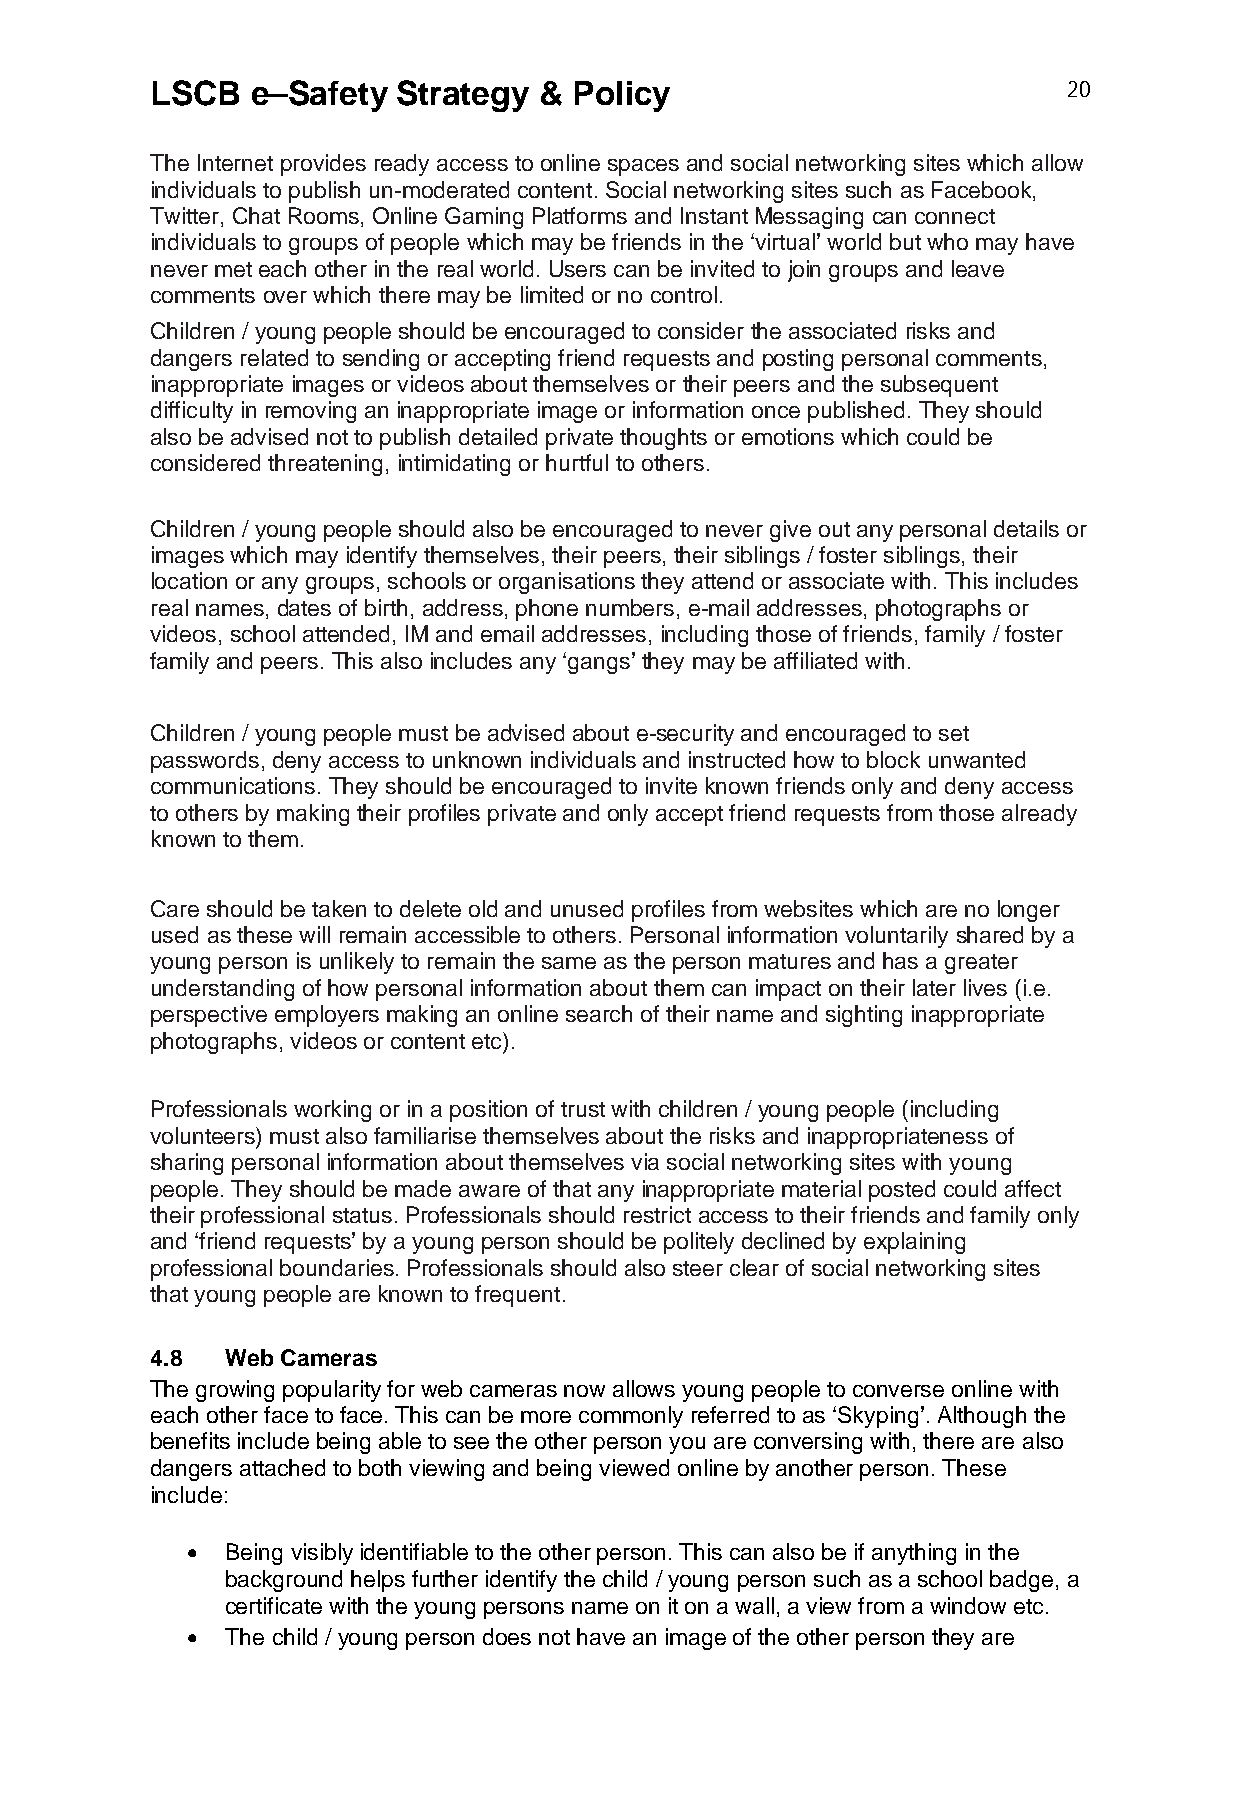
LSCB   e–Safety Strategy  & Policy                           20
 The Internet provides ready access to online spaces and social networking sites which allow
 individuals to publish un-moderated content. Social networking sites such as Facebook,
 Twitter, Chat Rooms, Online Gaming Platforms and Instant Messaging can connect
 individuals to groups of people which may be friends in the ‘virtual’ world but who may have
 never met each other in the real world. Users can be invited to join groups and leave
 comments over which there may be limited or no control.
 Children / young people should be encouraged to consider the associated risks and
 dangers related to sending or accepting friend requests and posting personal comments,
 inappropriate images or videos about themselves or their peers and the subsequent
 difficulty in removing an inappropriate image or information once published. They should
 also be advised not to publish detailed private thoughts or emotions which could be
 considered threatening, intimidating or hurtful to others.
 Children / young people should also be encouraged to never give out any personal details or
 images which may identify themselves, their peers, their siblings / foster siblings, their
 location or any groups, schools or organisations they attend or associate with. This includes
 real names, dates of birth, address, phone numbers, e-mail addresses, photographs or
 videos, school attended, IM and email addresses, including those of friends, family / foster
 family and peers. This also includes any ‘gangs’ they may be affiliated with.
 Children / young people must be advised about e-security and encouraged to set
 passwords, deny access to unknown individuals and instructed how to block unwanted
 communications. They should be encouraged to invite known friends only and deny access
 to others by making their profiles private and only accept friend requests from those already
 known to them.
 Care should be taken to delete old and unused profiles from websites which are no longer
 used as these will remain accessible to others. Personal information voluntarily shared by a
 young person is unlikely to remain the same as the person matures and has a greater
 understanding of how personal information about them can impact on their later lives (i.e.
 perspective employers making an online search of their name and sighting inappropriate
 photographs, videos or content etc).
 Professionals working or in a position of trust with children / young people (including
 volunteers) must also familiarise themselves about the risks and inappropriateness of
 sharing personal information about themselves via social networking sites with young
 people. They should be made aware of that any inappropriate material posted could affect
 their professional status. Professionals should restrict access to their friends and family only
 and ‘friend requests’ by a young person should be politely declined by explaining
 professional boundaries. Professionals should also steer clear of social networking sites
 that young people are known to frequent.
 4.8  Web Cameras
 The growing popularity for web cameras now allows young people to converse online with
 each other face to face. This can be more commonly referred to as ‘Skyping’. Although the
 benefits include being able to see the other person you are conversing with, there are also
 dangers attached to both viewing and being viewed online by another person. These
 include:
   Being visibly identifiable to the other person. This can also be if anything in the
 background helps further identify the child / young person such as a school badge, a
 certificate with the young persons name on it on a wall, a view from a window etc.
   The child / young person does not have an image of the other person they are